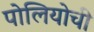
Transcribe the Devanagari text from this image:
पोलियोची